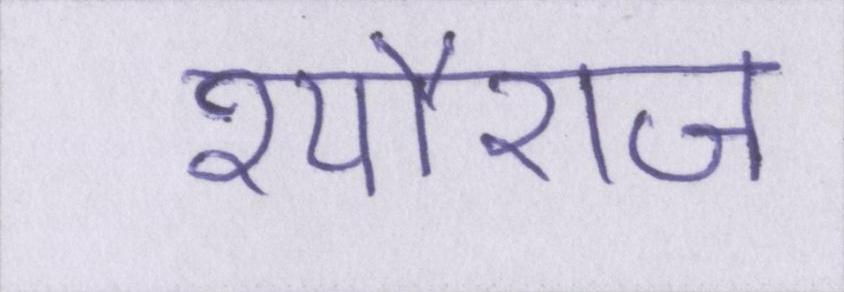
श्यौराज